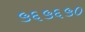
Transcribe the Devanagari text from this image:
५६५६५०